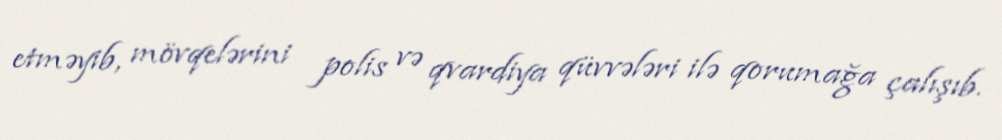
etməyib, mövqelərini polis və qvardiya qüvvələri ilə qorumağa çalışıb.